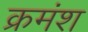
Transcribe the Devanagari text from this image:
क्रमंश